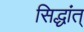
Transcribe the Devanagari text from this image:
सिद्धांत्‌